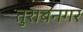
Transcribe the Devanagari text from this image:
तुराबनगर